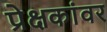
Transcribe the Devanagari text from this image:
प्रेक्षकांवर